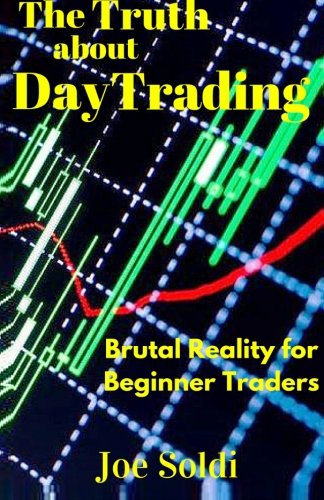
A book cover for The Truth about Day Trading (Beginner Investor and Trader series); Joe Soldi; Business & Money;